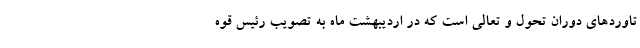
تاوردهای دوران تحول و تعالی است که در اردیبهشت ماه به تصویب رئیس قوه